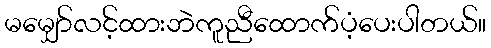
မမျှော်လင့်ထားဘဲကူညီထောက်ပံ့ပေးပါတယ်။